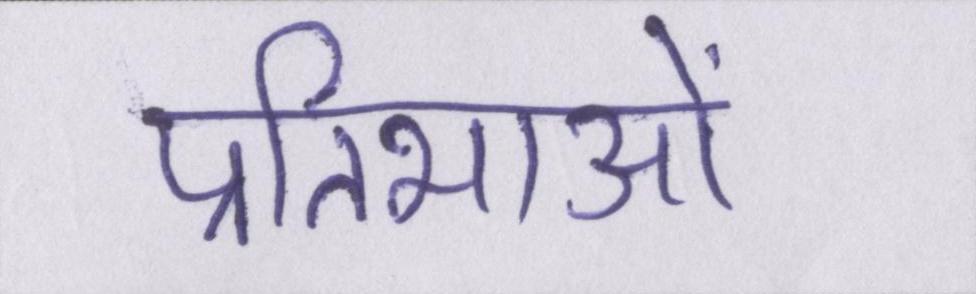
प्रतिभाओं